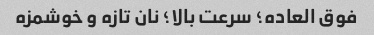
فوق العاده؛ سرعت بالا؛ نان تازه و خوشمزه